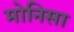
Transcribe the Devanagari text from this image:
मोनिसा